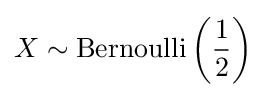
X\sim \mathrm {Bernoulli} \left({\frac {1}{2}}\right)